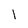
Character: l